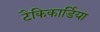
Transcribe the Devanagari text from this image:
टैकिकार्डिया